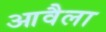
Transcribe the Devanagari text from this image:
आवैला